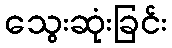
သွေးဆုံးခြင်း